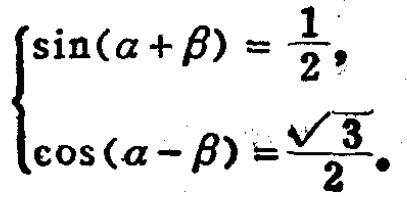
$\left\{\begin{array}{l}

\sin (\alpha+\beta)=\frac{1}{2}, \\

\cos (\alpha - \beta)=\frac{\sqrt{3}}{2}.

\end{array}\right.$